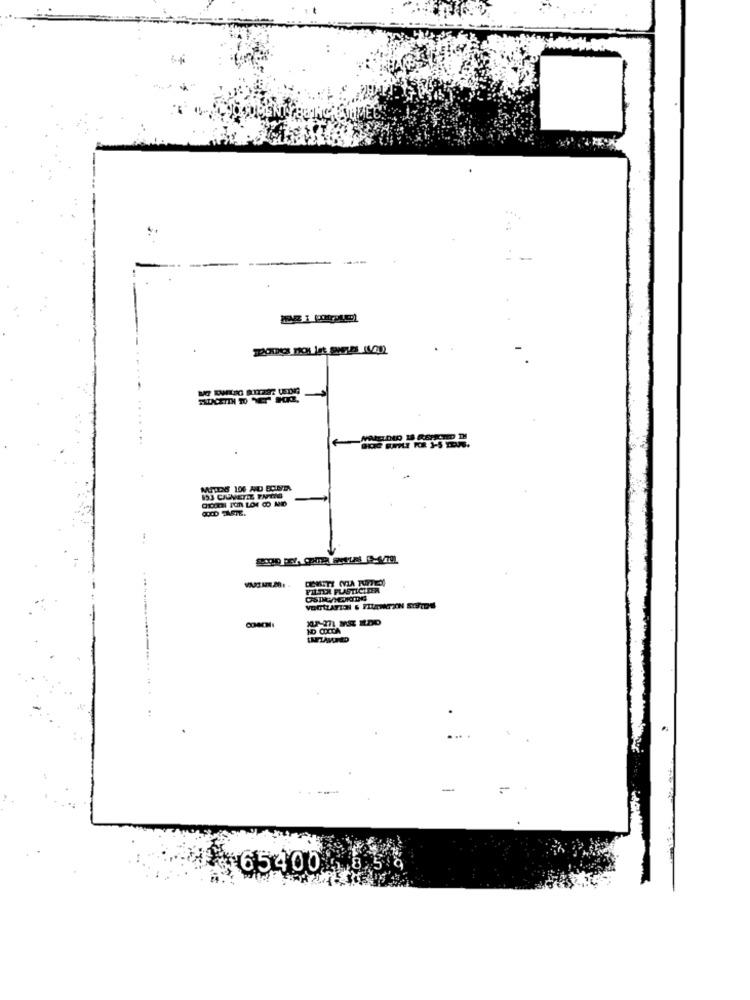
893 CIUNETIZ TATAG
OLID TASTE.
FILTER PLASTICITER
ND CIXTA
-
65400